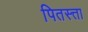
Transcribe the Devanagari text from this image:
पितस्त्ता